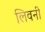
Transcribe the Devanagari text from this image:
लिवनी